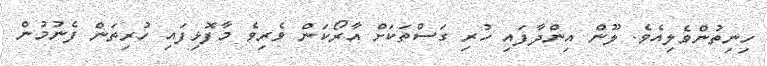
ހިނިތުންވެލިއެވެ. ލޫން އިންދާފައި ހުރި ގަސްތަކަށް އާރޯކަން ވެރިވެ މާފޮޅިފައި ހުރިތަން ފެނުމުން